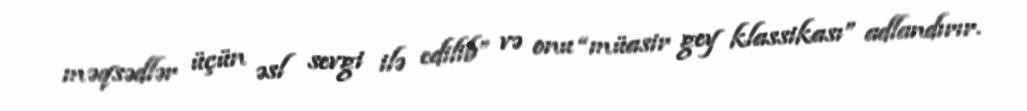
məqsədlər üçün əsl sevgi ilə edilib” və onu “müasir gey klassikası” adlandırır.